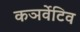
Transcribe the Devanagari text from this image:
कञर्वेटिव